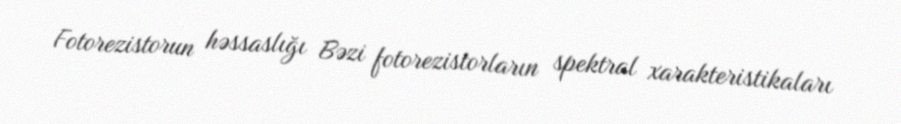
Fotorezistorun həssaslığı Bəzi fotorezistorların spektral xarakteristikaları